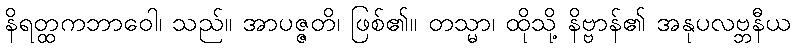
နိရတ္ထကဘာဝေါ၊ သည်။ အာပဇ္ဇတိ၊ ဖြစ်၏။ တသ္မာ၊ ထိုသို့ နိဗ္ဗာန်၏ အနုပလဗ္ဘနီယ